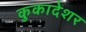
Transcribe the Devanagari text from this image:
कुकादेशर